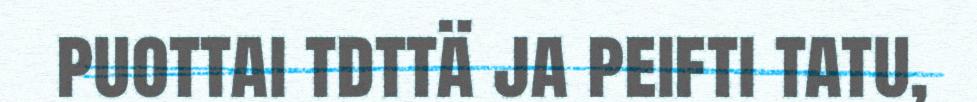
puottai tdttä ja peifti tatu,